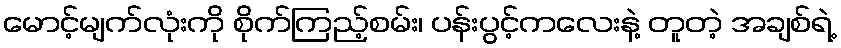
မောင့်မျက်လုံးကို စိုက်ကြည့်စမ်း၊ ပန်းပွင့်ကလေးနဲ့ တူတဲ့ အချစ်ရဲ့